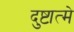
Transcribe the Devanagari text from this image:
दुष्टात्मे